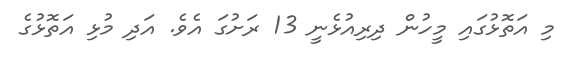
މި އަތޮޅުގައި މީހުން ދިރިއުޅެނީ 13 ރަށުގަ އެވެ. އަދި މުޅި އަތޮޅުގެ